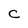
Character: c